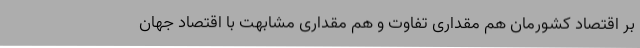
بر اقتصاد کشورمان هم مقداری تفاوت و هم مقداری مشابهت با اقتصاد جهان